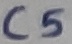
Text: C5